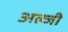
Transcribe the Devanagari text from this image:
अल्जी